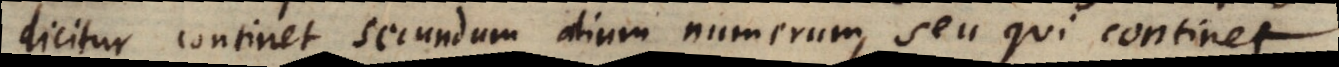
dicitur continet secundum alium numerum, seu qui continet